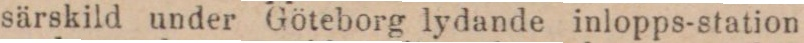
särskild under Göteborg lydande inlopps-station